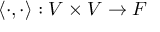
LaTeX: \langle \cdot , \cdot \rangle : V \times V \rightarrow F